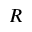
R